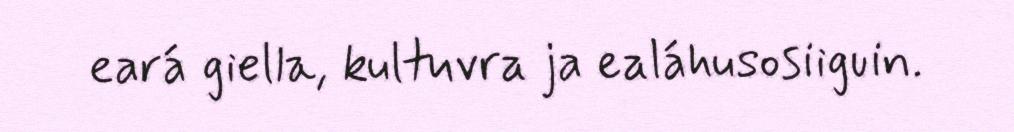
eará giella, kultuvra ja ealáhusosiiguin.